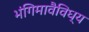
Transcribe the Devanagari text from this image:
भंगिमावैविध्य